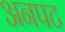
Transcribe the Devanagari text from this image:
अनपट